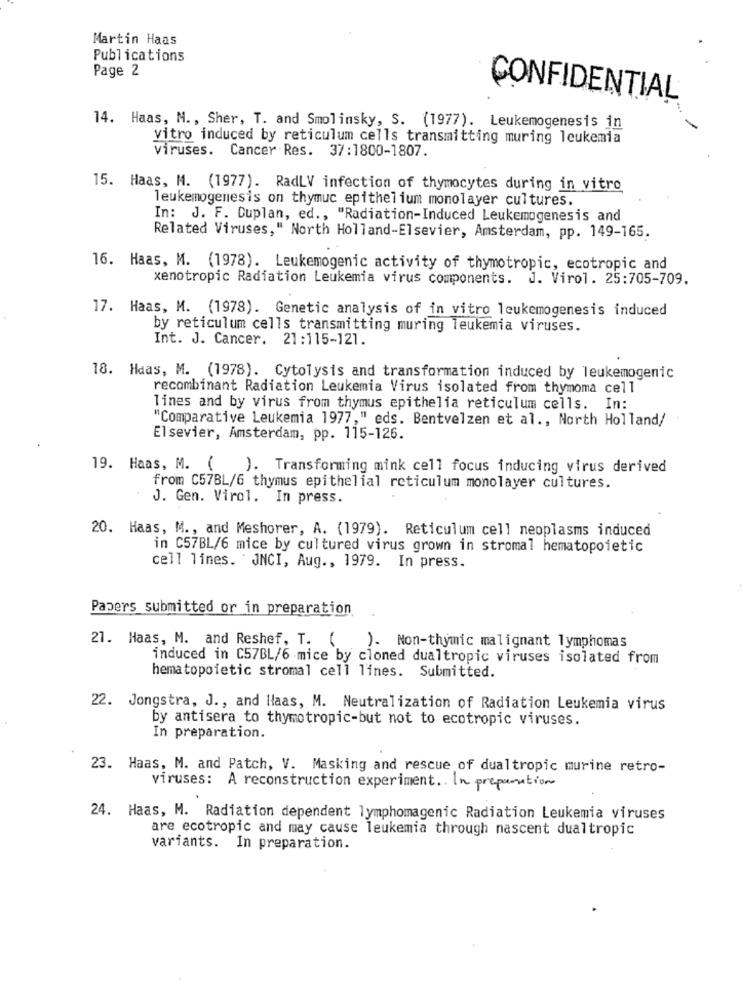
Martin Haas
Publications
Page 2
CONFIDENTIAL
14. Haas, M ., Sher, T. and Smolinsky, S. (1977). Leukemogenesis in
vitro induced by reticulum cells transmitting muring leukemia
viruses. Cancer Res. 37:1800-1807.
15. Haas, M. (1977). RadLV infection of thymocytes during in vitro
leukemogenesis on thymuc epithelium monolayer cultures.
In: J. F. Duplan, ed ., "Radiation-Induced Leukemogenesis and
Related Viruses," North Holland-Elsevier, Amsterdam, pp. 149-165.
16. Haas, M. (1978). Leukemogenic activity of thymotropic, ecotropic and
xenotropic Radiation Leukemia virus components. J. Virol. 25:705-709.
17. Haas, M. (1978). Genetic analysis of in vitro leukemogenesis induced
by reticulum cells transmitting muring leukemia viruses.
Int. J. Cancer. 21:115-121.
18. Haas, M. (1978). Cytolysis and transformation induced by leukemogenic
recombinant Radiation Leukemia Virus isolated from thymoma cell
lines and by virus from thymus epithelia reticulum cells. In:
"Comparative Leukemia 1977," eds. Bentvelzen et al ., North Holland/
Elsevier, Amsterdam, pp. 115-126.
19. Haas, M. (
). Transforming mink cell focus inducing virus derived
from C57BL/6 thymus epithelial reticulum monolayer cultures.
J. Gen. Virol. In press.
20. Haas, M ., and Meshorer, A. (1979). Reticulum cell neoplasms induced
in C57BL/6 mice by cultured virus grown in stromal hematopoietic
cell lines. JNCI, Aug ., 1979. In press.
Papers submitted or in preparation
21. Haas, M. and Reshef, T. (
). Non-thymic malignant lymphomas
induced in C57BL/6 mice by cloned dualtropic viruses isolated from
hematopoietic stromal cell lines. Submitted.
22. Jongstra, J ., and Haas, M. Neutralization of Radiation Leukemia virus
by antisera to thymotropic-but not to ecotropic viruses.
In preparation.
23. Haas, M. and Patch, V. Masking and rescue of dualtropic murine retro-
viruses: A reconstruction experiment .. In preparation
24. Haas, M. Radiation dependent lymphomagenic Radiation Leukemia viruses
are ecotropic and may cause leukemia through nascent dualtropic
variants. In preparation.